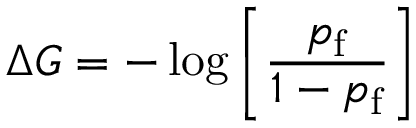
\Delta G = - \log \left[ \frac { p _ { \mathrm { f } } } { 1 - p _ { \mathrm { f } } } \right]